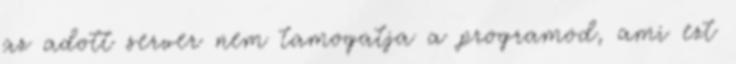
az adott server nem tamogatja a programod, ami ezt